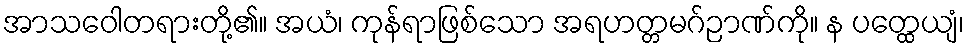
အာသဝေါတရားတို့၏။ အယံ၊ ကုန်ရာဖြစ်သော အရဟတ္တမဂ်ဉာဏ်ကို။ န ပတ္ထေယျံ၊